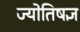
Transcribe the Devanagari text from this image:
ज्योतिषज्ञ